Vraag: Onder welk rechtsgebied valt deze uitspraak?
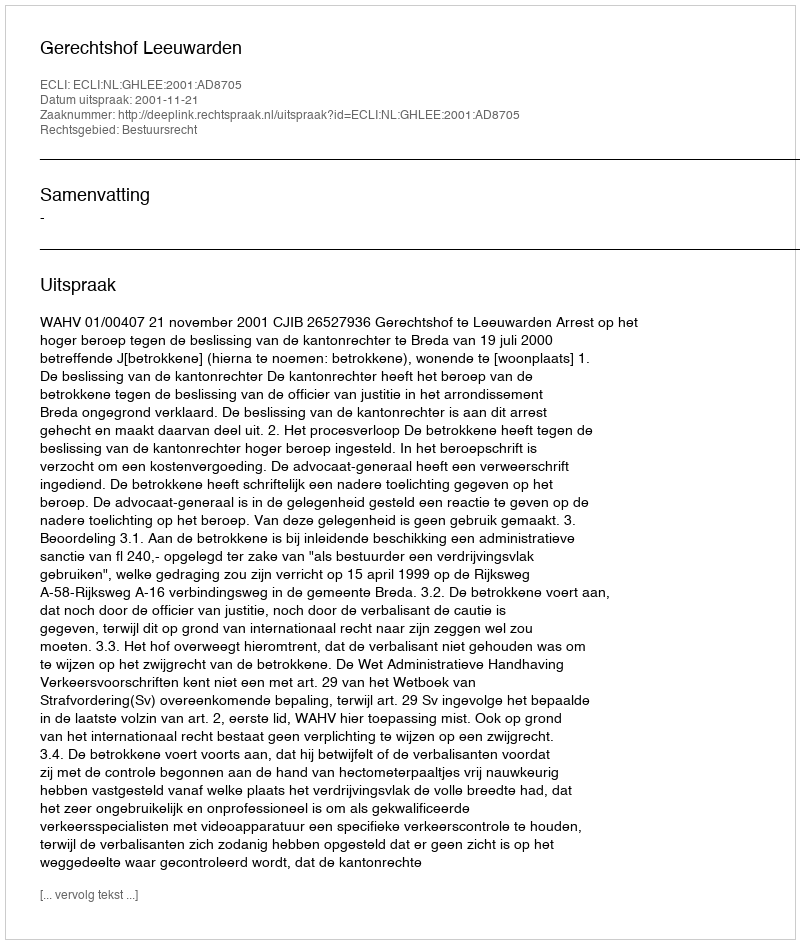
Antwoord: Bestuursrecht